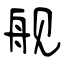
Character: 舰